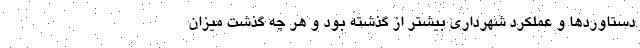
دستاوردها و عملکرد شهرداری بیشتر از گذشته بود و هر چه گذشت میزان